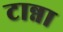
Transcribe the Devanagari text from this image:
टान्ना